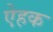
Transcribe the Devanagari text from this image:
ऐहक